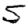
Digit: 5